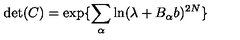
\det ( C ) = \exp \{ \sum _ { \alpha } \ln ( \lambda + B _ { \alpha } b ) ^ { 2 N } \}